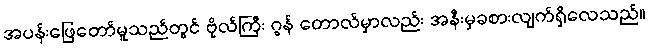
အပန်းဖြေတော်မူသည်တွင် ဗိုလ်ကြီး ဂွန် တောလ်မှာလည်း အနီးမှခစားလျက်ရှိလေသည်။